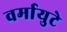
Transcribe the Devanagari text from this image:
वर्मायुटे